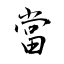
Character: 當